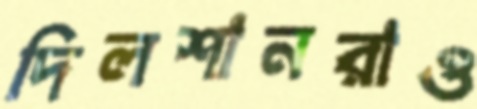
দিলশানরাও